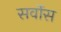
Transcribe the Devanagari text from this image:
सर्वोस